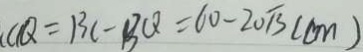
( C Q = B C - B Q = 6 0 - 2 0 \sqrt { 3 } ( c m )